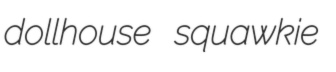
dollhouse squawkie